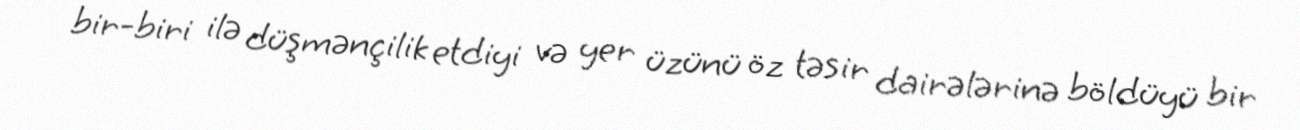
bir-biri ilə düşmənçilik etdiyi və yer üzünü öz təsir dairələrinə böldüyü bir